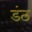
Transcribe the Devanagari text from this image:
डंठ